DOW-UAP-D48, Department of the Air Force Report, 1996
Agency: Department of War
Incident date: 9/10/96
Page 129
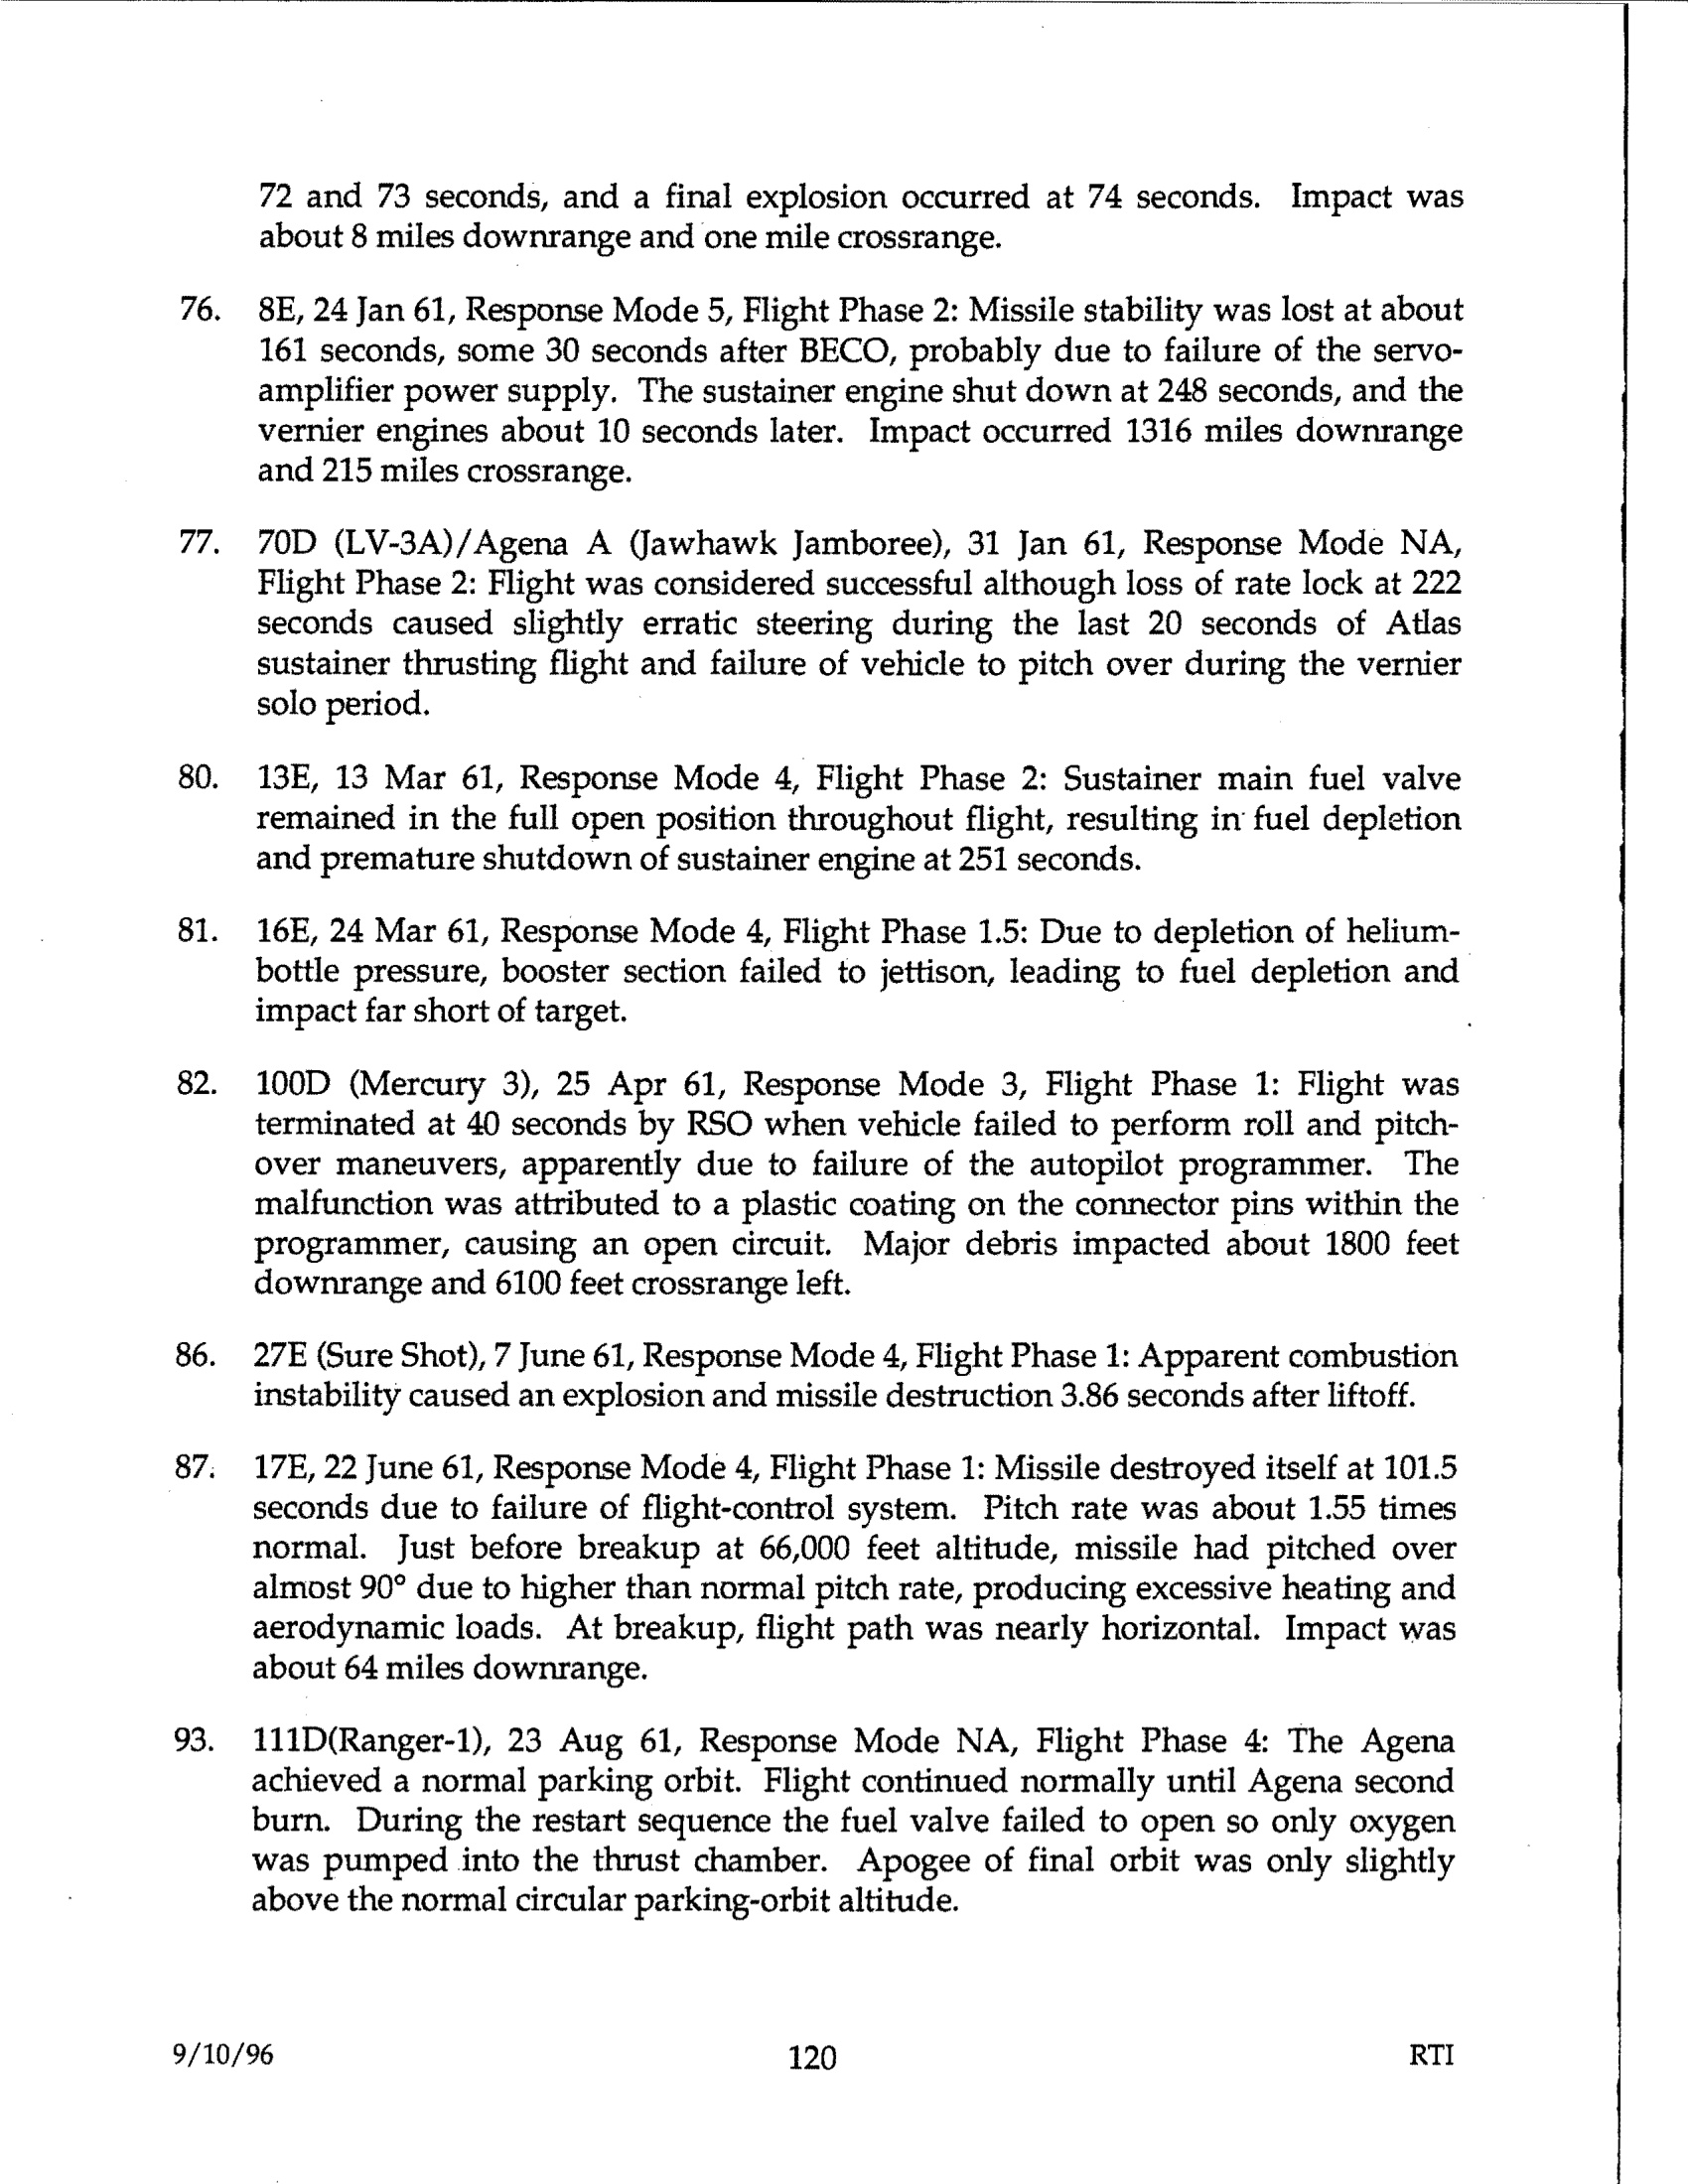